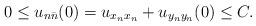
LaTeX: \begin{align*}0 \leq u_{n\bar n}(0) =u_{x_n x_n}+u_{y_n y_n}(0)\leq C.\end{align*}